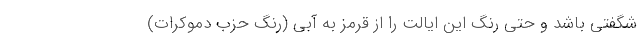
شگفتی باشد و حتی رنگ این ایالت را از قرمز به آبی (رنگ حزب دموکرات)